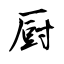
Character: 厨